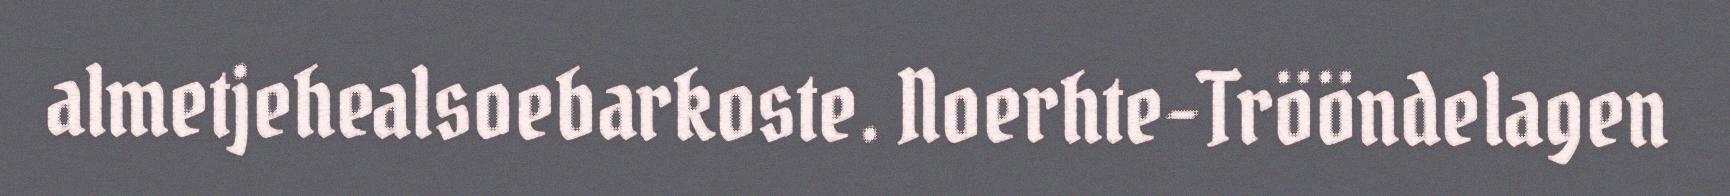
almetjehealsoebarkoste. Noerhte-Trööndelagen